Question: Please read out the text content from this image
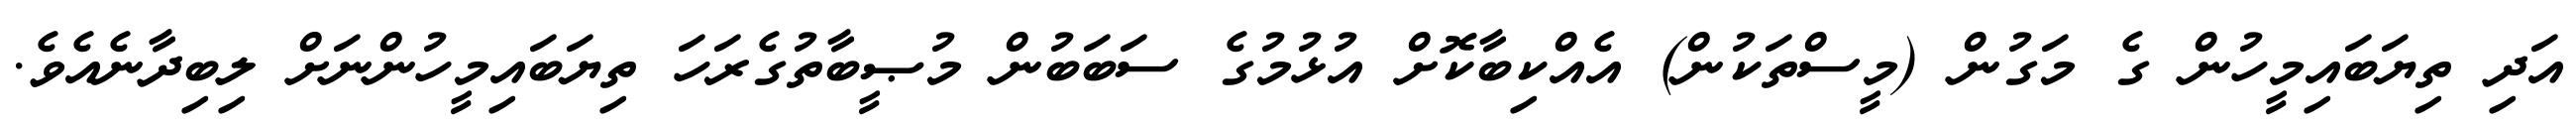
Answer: އަދި ތިޔަބައިމީހުން ގެ މަގުން (މީސްތަކުން) އެއްކިބާކޮށް އުޅުމުގެ ސަބަބުން މުޞީބާތުގެރަހަ ތިޔަބައިމީހުންނަށް ލިބިދާނެއެވެ.